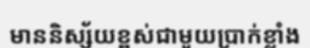
មាននិស្ស័យខ្ពស់ជាមួយប្រាក់ខ្លាំង